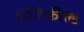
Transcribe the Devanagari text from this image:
होलिफील्ड